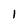
Character: l